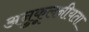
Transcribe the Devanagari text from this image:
अनुकूलनीयता